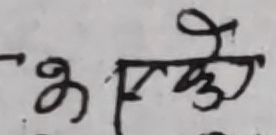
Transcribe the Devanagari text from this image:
ओस्कृ